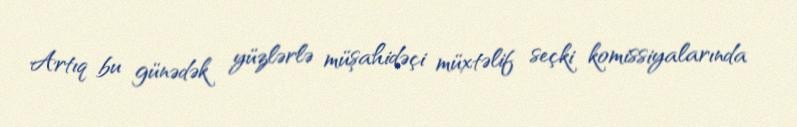
Artıq bu günədək yüzlərlə müşahidəçi müxtəlif seçki komissiyalarında